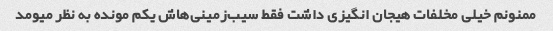
ممنونم خیلی مخلفات هیجان انگیزی داشت فقط سیب‌زمینی‌هاش یکم مونده به نظر میومد